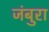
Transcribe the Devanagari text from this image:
जंबुरा